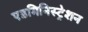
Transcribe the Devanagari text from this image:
एडमिनिस्‍ट्रेशन